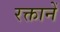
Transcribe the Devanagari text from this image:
रक्तानें